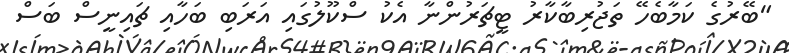
"ބޭރުގެ ކަމާބެހޭ ތަޖުރިބާކާރު ޓީޗަރުންނާ އެކު ސްކޫލުގައި އަރަބި ބަހާއި ޗައިނީސް ބަސް